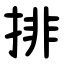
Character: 排